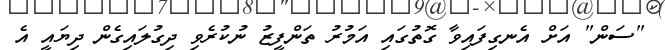
"ސަން" އަށް އެނގިފައިވާ ގޮތުގައި އަމުރު ތަންފީޒު ނުކުރެވި ދިގުލައިގެން ދިޔައީ އެ